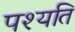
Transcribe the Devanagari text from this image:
पश्यति